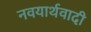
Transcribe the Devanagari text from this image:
नवयार्थवादी